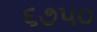
૬૭૫૦